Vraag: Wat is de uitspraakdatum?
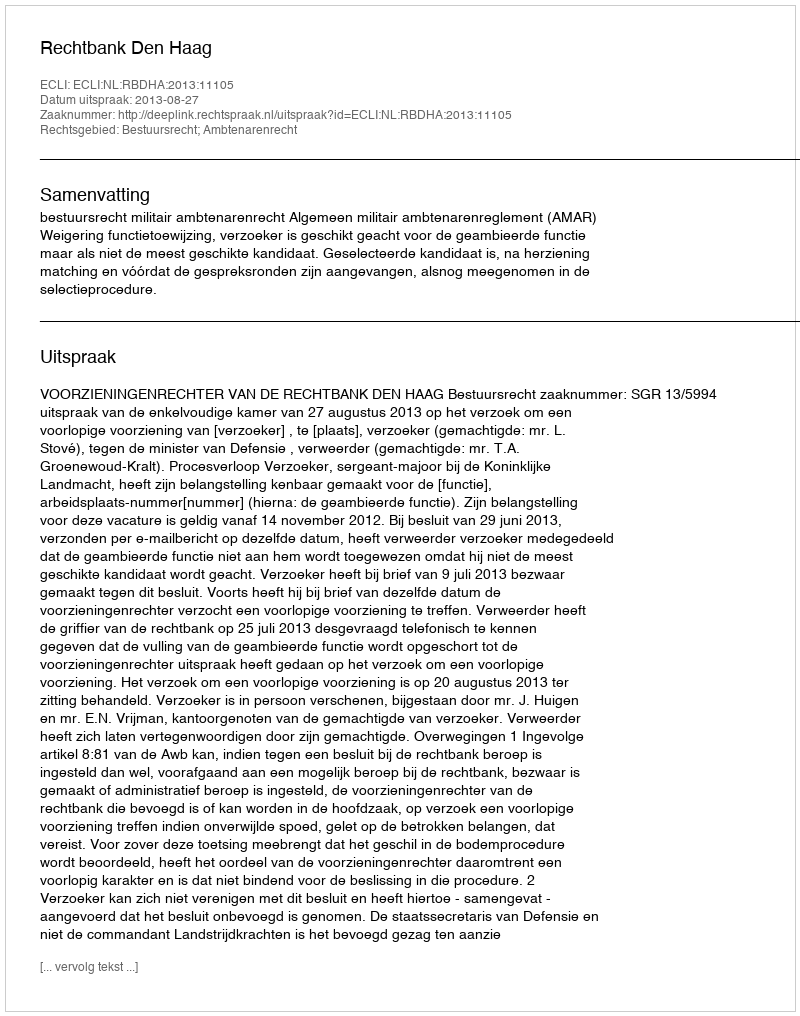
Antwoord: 2013-08-27